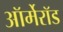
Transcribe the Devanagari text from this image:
ऑर्मेरॉड